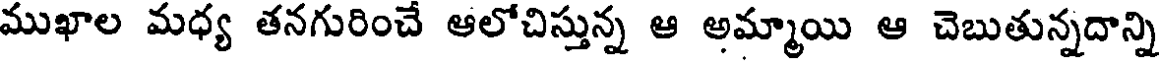
ముఖాల మధ్య తనగురించే ఆలోచిస్తున్న ఆ అమ్మాయి ఆ చెబుతున్నదాన్ని